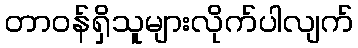
တာဝန်ရှိသူများလိုက်ပါလျက်